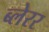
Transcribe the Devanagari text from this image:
ब्लेरर